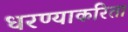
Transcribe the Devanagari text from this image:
धरण्याकरिता